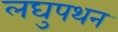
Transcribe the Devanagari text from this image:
लघुपथन